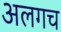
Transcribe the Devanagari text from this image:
अलगच